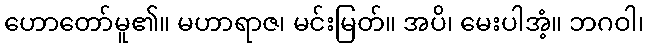
ဟောတော်မူ၏။ မဟာရာဇ၊ မင်းမြတ်။ အပိ၊ မေးပါအံ့။ ဘဂဝါ၊